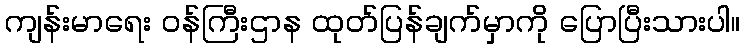
ကျန်းမာရေး ဝန်ကြီးဌာန ထုတ်ပြန်ချက်မှာကို ပြောပြီးသားပါ။